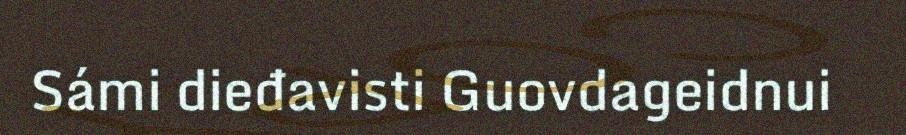
Sámi dieđavisti Guovdageidnui